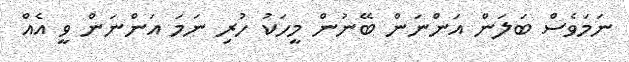
ނަމަވެސް ބަލަން އަންނަން ބޭނުން މީހަކު ހުރި ނަމަ އަންނަން ވީ އެއް